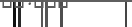
-